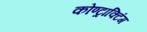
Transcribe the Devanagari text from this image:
कोण्ट्राक्टिंग